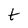
Character: t